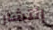
إنتشار